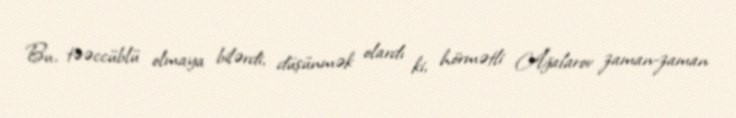
Bu, təəccüblü olmaya bilərdi, düşünmək olardı ki, hörmətli Ağalarov zaman-zaman